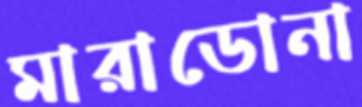
মারাডোনা